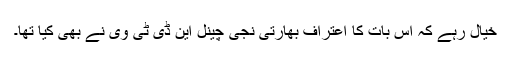
خیال رہے کہ اس بات کا اعتراف بھارتی نجی چینل این ڈی ٹی وی نے بھی کیا تھا۔